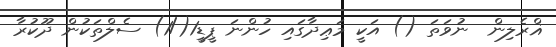
ޣްރެލިން  ނުވަތަ () އަކީ މަޢިދާގައި ހުންނަ ޕީޑީ1(/1) ސެލްތަކުން ދޫކުރާ